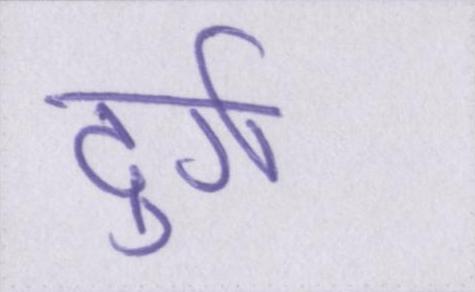
दुर्ग